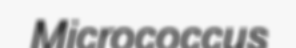
Micrococcus